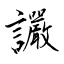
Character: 讝